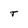
Character: T